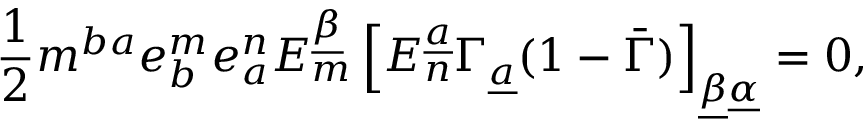
{ \frac { 1 } { 2 } } m ^ { b a } e _ { b } ^ { m } e _ { a } ^ { n } E _ { m } ^ { \underline { { \beta } } } \left[ E _ { n } ^ { \underline { { a } } } \Gamma _ { \underline { { a } } } ( 1 - \bar { \Gamma } ) \right] _ { \underline { { \beta } } \underline { { \alpha } } } = 0 ,